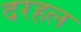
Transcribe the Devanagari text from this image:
दरहल